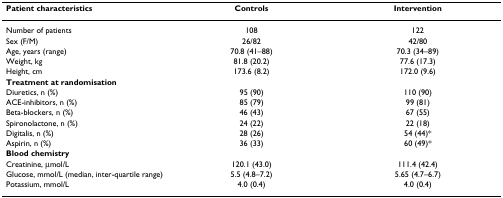
| Patient characteristics | Controls | Intervention |
 | --- | --- | --- |
 | Number of patients | 108 | 122 |
 | Sex (F/M) | 26/82 | 42/80 |
 | Age, years (range) | 70.8 (41–88) | 70.3 (34–89) |
 | Weight, kg | 81.8 (20.2) | 77.6 (17.3) |
 | Height, cm | 173.6 (8.2) | 172.0 (9.6) |
 | Treatment at randomisation |  |  |
 | Diuretics, n (%) | 95 (90) | 110 (90) |
 | ACE-inhibitors, n (%) | 85 (79) | 99 (81) |
 | Beta-blockers, n (%) | 46 (43) | 67 (55) |
 | Spironolactone, n (%) | 24 (22) | 22 (18) |
 | Digitalis, n (%) | 28 (26) | 54 (44)* |
 | Aspirin, n (%) | 36 (33) | 60 (49)* |
 | Blood chemistry |  |  |
 | Creatinine, μmol/L | 120.1 (43.0) | 111.4 (42.4) |
 | Glucose, mmol/L (median, inter-quartile range) | 5.5 (4.8–7.2) | 5.65 (4.7–6.7) |
 | Potassium, mmol/L | 4.0 (0.4) | 4.0 (0.4) |